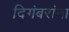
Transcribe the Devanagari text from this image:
दिगंबरांना